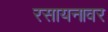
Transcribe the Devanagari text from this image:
रसायनावर